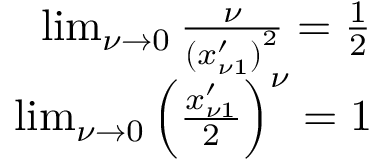
\begin{array} { r } { \operatorname* { l i m } _ { \nu \to 0 } \frac { \nu } { \left( x _ { \nu 1 } ^ { \prime } \right) ^ { 2 } } = \frac { 1 } { 2 } } \\ { \operatorname* { l i m } _ { \nu \to 0 } \left( \frac { x _ { \nu 1 } ^ { \prime } } { 2 } \right) ^ { \nu } = 1 } \end{array}